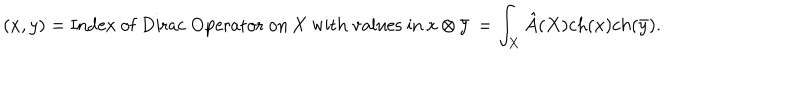
( x , y ) = \mathrm { I n d e x \ o f \ D i r a c \ O p e r a t o r \ o n \ X \ w i t h \ v a l u e s \ i n \ x \otimes \bar { y } } \, = \int _ { X } \hat { A } ( X ) c h ( x ) c h ( \bar { y } ) .